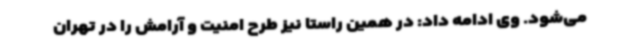
می‌شود. وی ادامه داد: در همین راستا نیز طرح امنیت و آرامش را در تهران